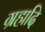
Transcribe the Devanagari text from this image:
ग्रहादि